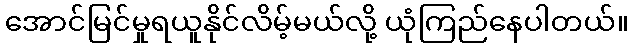
အောင်မြင်မှုရယူနိုင်လိမ့်မယ်လို့ ယုံကြည်နေပါတယ်။